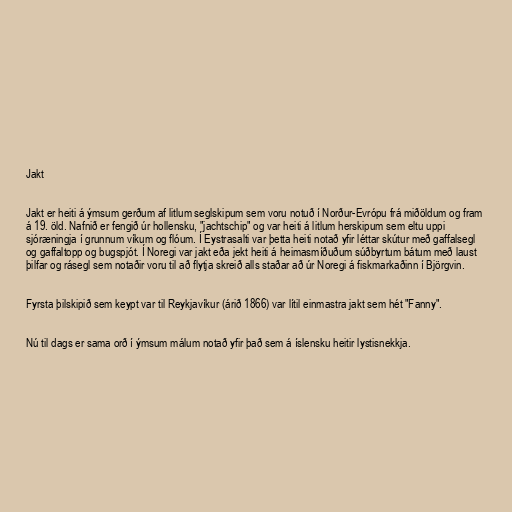
Jakt

Jakt er heiti á ýmsum gerðum af litlum seglskipum sem voru notuð í Norður-Evrópu frá miðöldum og fram
á 19. öld. Nafnið er fengið úr hollensku, "jachtschip" og var heiti á litlum herskipum sem eltu uppi
sjóræningja í grunnum víkum og flóum. Í Eystrasalti var þetta heiti notað yfir léttar skútur með gaffalsegl
og gaffaltopp og bugspjót. Í Noregi var jakt eða jekt heiti á heimasmíðuðum súðbyrtum bátum með laust
þilfar og rásegl sem notaðir voru til að flytja skreið alls staðar að úr Noregi á fiskmarkaðinn í Björgvin.

Fyrsta þilskipið sem keypt var til Reykjavíkur (árið 1866) var lítil einmastra jakt sem hét "Fanny".

Nú til dags er sama orð í ýmsum málum notað yfir það sem á íslensku heitir lystisnekkja.